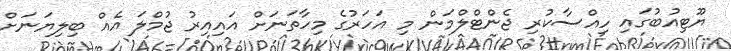
ޔޫޓިއުބުގައި ހިއްސާކުރި ޖެންޓްލްމަން މި އަހަރުގެ މިހާތަނަށް އައިއިރު ޖުމްލަ އެއް ބިލިޔަނަށް